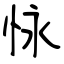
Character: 怺